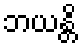
ဘယန္တိ